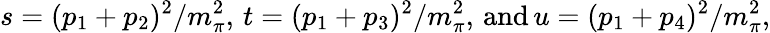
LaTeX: s=(p_{1}+p_{2})^{2}/m_{\pi}^{2},\, t=(p_{1}+p_{3})^{2}/m_{\pi}^{2},\, \mathrm{and}\, u=(p_{1}+p_{4})^{2}/m_{\pi}^{2},